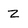
Character: Z